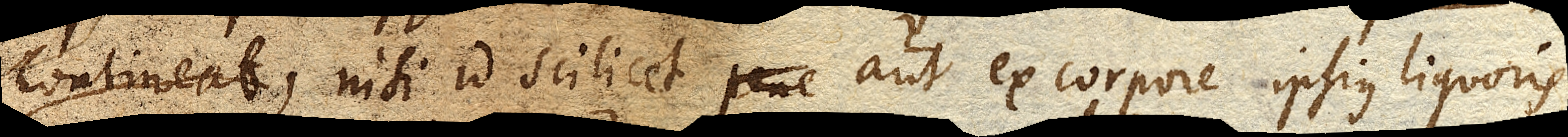
contineat,nisi id scilicet aut ex corpore ipsius liquoris